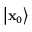
\big \vert \mathbf { x } _ { 0 } \big \rangle